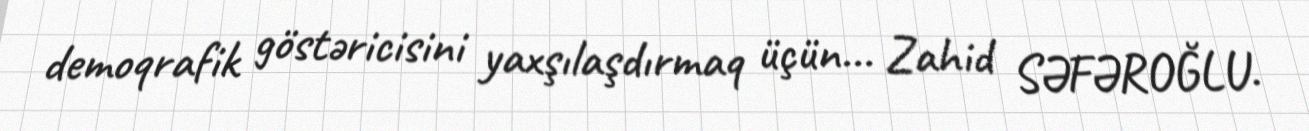
demoqrafik göstəricisini yaxşılaşdırmaq üçün... Zahid SƏFƏROĞLU.